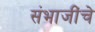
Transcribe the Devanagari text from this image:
संभाजींचे